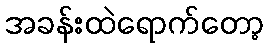
အခန်းထဲရောက်တော့